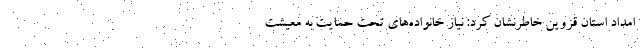
امداد استان قزوین خاطرنشان کرد: نیاز خانواده‌های تحت حمایت به معیشت